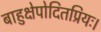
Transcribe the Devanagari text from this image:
बाहुक्षेपोदितप्रियः।